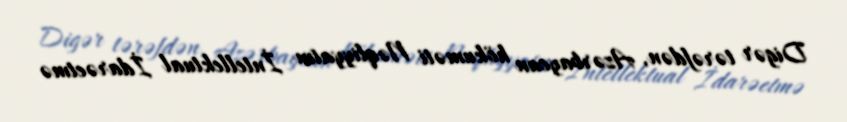
Digər tərəfdən, Azərbaycan hökuməti Nəqliyyatın İntellektual İdarəetmə